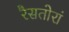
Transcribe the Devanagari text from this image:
रैसतोरां